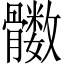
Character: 𲌔